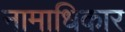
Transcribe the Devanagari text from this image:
नामाधिकार